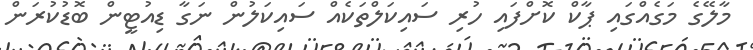
މާލޭގެ މަގެއްގައި ޕާކް ކޮށްފައި ހުރި ސައިކަލްތަކެއް ސައިކަލުން ނަގާ ޑިއުޓީން ބޮޑުކުރަން